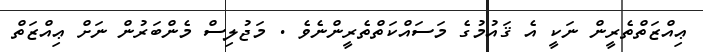
ޢިއްޒަތްތެރީން ނަކީ އެ ޤައުމުގެ މަސައްކަތްތެރީންނެވެ . މަޖުލިސް މެންބަރުން ނަށް ޢިއްޒަތް